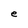
Character: e